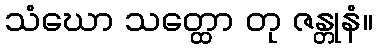
သံဃော သတ္ထော တု ဇန္တုနံ။